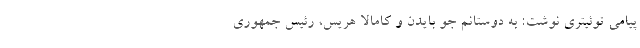
پیامی توئیتری نوشت: به دوستانم جو بایدن و کامالا هریس، رئیس جمهوری